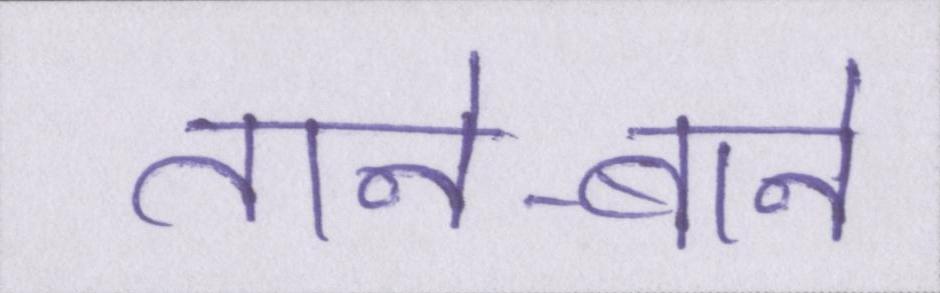
ताने-बाने